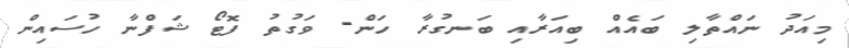
މިއަދު ނައްތާލި ބައެއް ބިއަރާއި ބަނގުރާ ހަން- ވަގުތު ފޮޓޯ ޝަފްނާ ހުސައިން